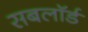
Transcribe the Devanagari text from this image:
सबलॉर्ड